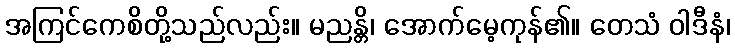
အကြင်ကေစိတို့သည်လည်း။ မညန္တိ၊ အောက်မေ့ကုန်၏။ တေသံ ဝါဒီနံ၊